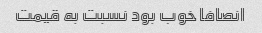
انصافا خوب بود نسبت به قیمت